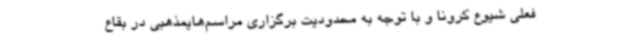
فعلی شیوع کرونا و با توجه به محدودیت برگزاری مراسم‌هایمذهبی در بقاع